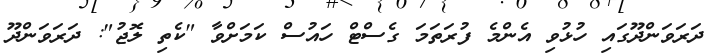
ދަރަވަންދޫގައި ހުޅުވި އެންމެ ފުރަތަމަ ގެސްޓް ހައުސް ކަމަށްވާ "ކެތި ލޮޖު": ދަރަވަންދޫ